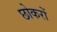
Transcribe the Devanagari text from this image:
छोकरों